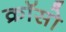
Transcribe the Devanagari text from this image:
क्रॉसो